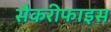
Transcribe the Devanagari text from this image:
सैकरीफाइस